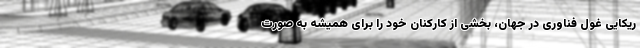
ریکایی غول فناوری در جهان، بخشی از کارکنان خود را برای همیشه به صورت